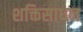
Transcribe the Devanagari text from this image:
शक्तिसाधन